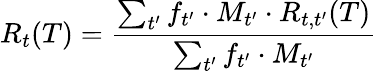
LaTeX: R_{t}(T)=\frac{\sum_{t^{\prime}}f_{t^{\prime}}\cdot M_{t^{\prime}}\cdot R_{t,t^{\prime}}(T)}{\sum_{t^{\prime}}f_{t^{\prime}}\cdot M_{t^{\prime}}}